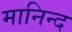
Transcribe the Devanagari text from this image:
मानिन्द